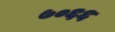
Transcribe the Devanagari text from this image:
७०६६